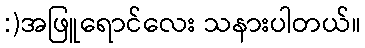
:)အဖြူရောင်လေး သနားပါတယ်။